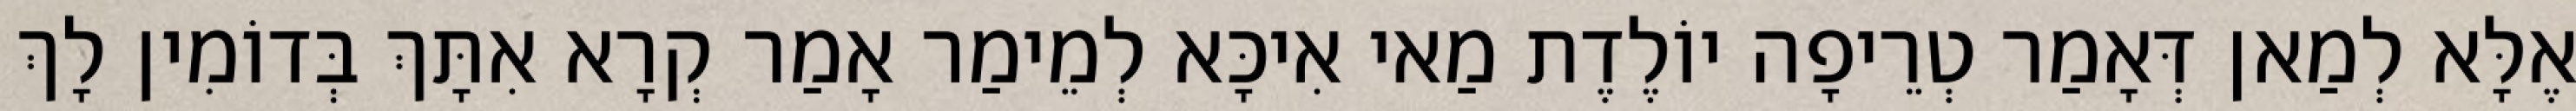
אֶלָּא לְמַאן דְּאָמַר טְרֵיפָה יוֹלֶדֶת מַאי אִיכָּא לְמֵימַר אָמַר קְרָא אִתָּךְ בְּדוֹמִין לָךְ